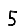
Digit: 5